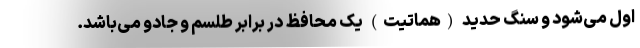
اول می‌شود و سنگ حدید (هماتیت) یک محافظ در برابر طلسم و جادو می‌باشد.